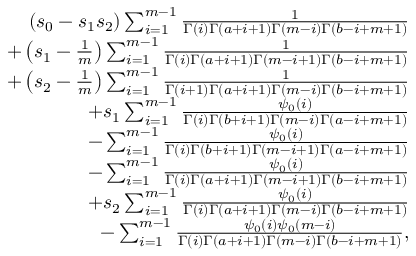
\begin{array} { r } { \left( s _ { 0 } - s _ { 1 } s _ { 2 } \right) \sum _ { i = 1 } ^ { m - 1 } \frac { 1 } { \Gamma ( i ) \Gamma ( a + i + 1 ) \Gamma ( m - i ) \Gamma ( b - i + m + 1 ) } } \\ { + \left( s _ { 1 } - \frac { 1 } { m } \right) \sum _ { i = 1 } ^ { m - 1 } \frac { 1 } { \Gamma ( i ) \Gamma ( a + i + 1 ) \Gamma ( m - i + 1 ) \Gamma ( b - i + m + 1 ) } } \\ { + \left( s _ { 2 } - \frac { 1 } { m } \right) \sum _ { i = 1 } ^ { m - 1 } \frac { 1 } { \Gamma ( i + 1 ) \Gamma ( a + i + 1 ) \Gamma ( m - i ) \Gamma ( b - i + m + 1 ) } } \\ { + s _ { 1 } \sum _ { i = 1 } ^ { m - 1 } \frac { \psi _ { 0 } ( i ) } { \Gamma ( i ) \Gamma ( b + i + 1 ) \Gamma ( m - i ) \Gamma ( a - i + m + 1 ) } } \\ { - \sum _ { i = 1 } ^ { m - 1 } \frac { \psi _ { 0 } ( i ) } { \Gamma ( i ) \Gamma ( b + i + 1 ) \Gamma ( m - i + 1 ) \Gamma ( a - i + m + 1 ) } } \\ { - \sum _ { i = 1 } ^ { m - 1 } \frac { \psi _ { 0 } ( i ) } { \Gamma ( i ) \Gamma ( a + i + 1 ) \Gamma ( m - i + 1 ) \Gamma ( b - i + m + 1 ) } } \\ { + s _ { 2 } \sum _ { i = 1 } ^ { m - 1 } \frac { \psi _ { 0 } ( i ) } { \Gamma ( i ) \Gamma ( a + i + 1 ) \Gamma ( m - i ) \Gamma ( b - i + m + 1 ) } } \\ { - \sum _ { i = 1 } ^ { m - 1 } \frac { \psi _ { 0 } ( i ) \psi _ { 0 } ( m - i ) } { \Gamma ( i ) \Gamma ( a + i + 1 ) \Gamma ( m - i ) \Gamma ( b - i + m + 1 ) } , } \end{array}